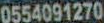
0554091270